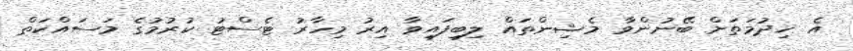
އެ ޚިދުމަތަށް ބޭނުންވާ މެޝިންތައް ލިބިފައިވާ އިރު މިހާރު ޓެސްޓު ކުރުމުގެ މަސައްކަތް